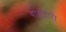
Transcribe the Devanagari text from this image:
वाईपोरी